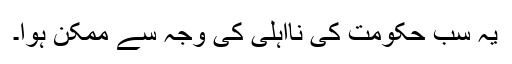
یہ سب حکومت کی نااہلی کی وجہ سے ممکن ہوا۔